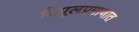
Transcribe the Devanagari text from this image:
विपूलप्रमाणात